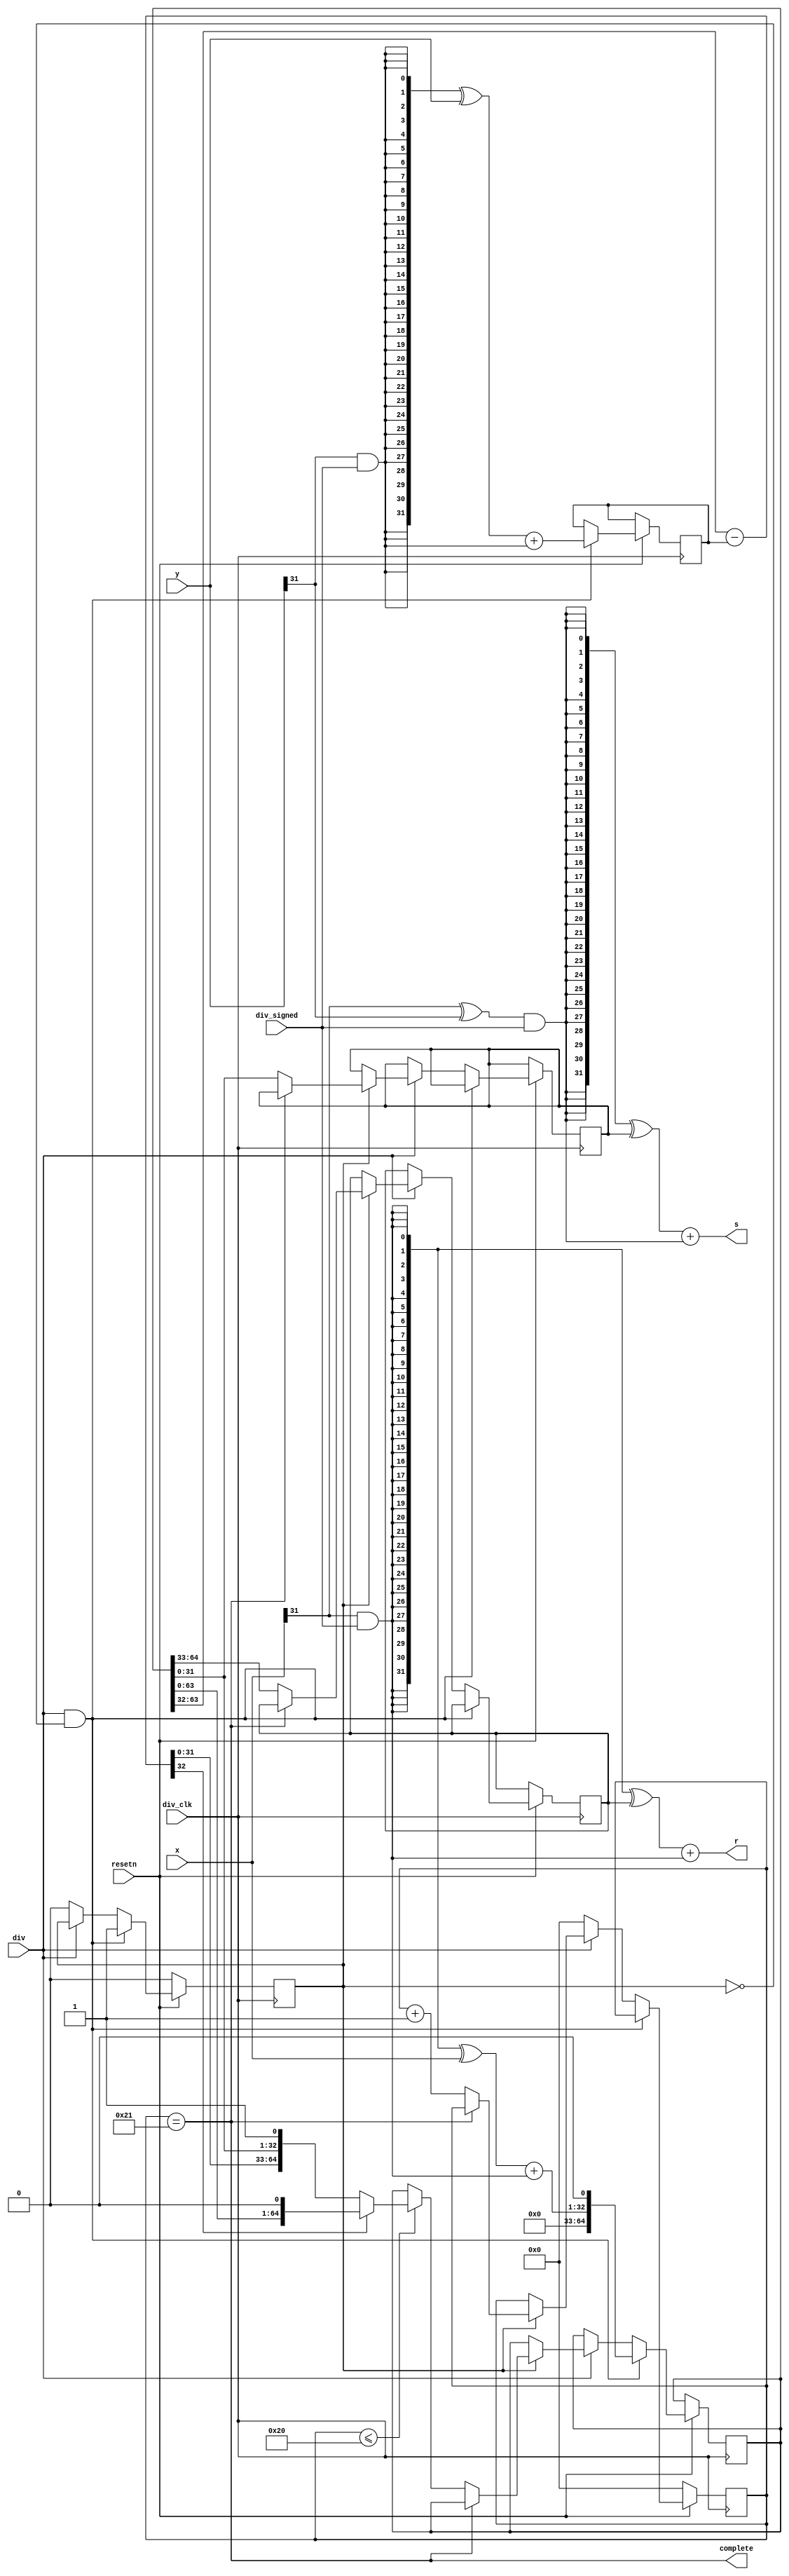
module div(
	input div_clk,
	input resetn,
	input div,
	input div_signed,
	input [31:0] x,
	input [31:0] y,
	output [31:0] s,
	output [31:0] r,
	output complete
	);
wire x_signed = x[31] & div_signed;
wire y_signed = y[31] & div_signed;
wire [31:0] x_abs;
wire [31:0] y_abs;
assign x_abs = ({32{x_signed}}^x) + x_signed;
assign y_abs = ({32{y_signed}}^y) + y_signed;
wire s_signed = (x[31]^y[31]) & div_signed;
wire r_signed = x[31] & div_signed;

wire [32:0] div_temp;
reg [64:0] dividend;
reg [31:0] divisor;
reg [5:0] cnt;
reg div_run;
reg [31:0] s_abs;
reg [31:0] r_abs;

assign div_temp = {1'd0,dividend[63:32]} - {1'd0,divisor};

always @(posedge div_clk) begin
    if (~resetn) begin
	    cnt<=6'd0;
	    div_run<=1'd0;
	end
	else if(div&&~div_run) begin
		divisor<=y_abs;
		dividend<={32'd0,x_abs,1'd0};
		div_run<=1'd1;
	end
	else if(~div) begin
	    cnt<=6'd0;
	    div_run<=1'd0;
	end
	else if(div_run) begin
		if(~complete) begin
		    cnt <= cnt +6'd1;
            s_abs<= dividend [31:0];
            r_abs<= dividend [64:33];
			if(cnt<=6'd32) begin
		    	if(div_temp[32] == 1'd1) begin
		    		dividend <= {dividend[63:0],1'd0};
		    	end
		    	else begin
		    		dividend <= {div_temp[31:0],dividend[31:0],1'd1};	
		    	end
			end
		end
	end
end
assign s = ({32{s_signed}}^s_abs) + {30'd0,s_signed};
assign r = ({32{r_signed}}^r_abs) + r_signed;

assign complete = (cnt == 6'd33);

endmodule